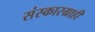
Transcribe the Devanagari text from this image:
संस्कारग्राही